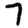
Digit: 7